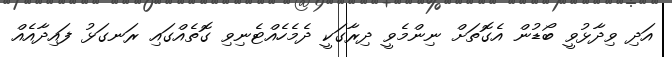
އަދި ވިދާޅުވީ ބޯޑުން އެގޮތަށް ނިންމެވީ ދިރާގަކީ ދެމެހެއްޓެނިވި ގޮތެއްގައި ރަނގަޅު ފައިދާއެއް